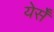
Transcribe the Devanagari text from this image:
येर्सँ